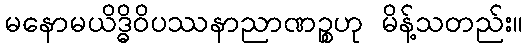
မနောမယိဒ္ဓိဝိပဿနာညာဏဉ္စဟု မိန့်သတည်း။